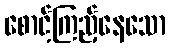
စောင့်ကြည့်နေသော